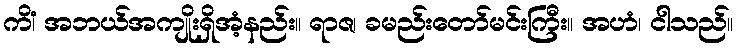
ကိံ၊ အဘယ်အကျိုးရှိအံ့နည်း။ ရာဇ၊ ခမည်းတော်မင်းကြီး။ အဟံ၊ ငါသည်။